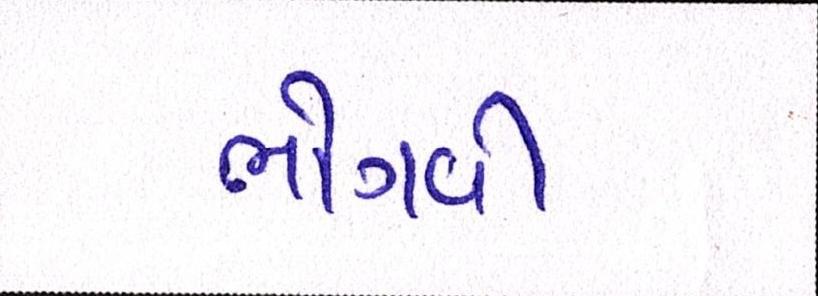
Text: ભોગવી